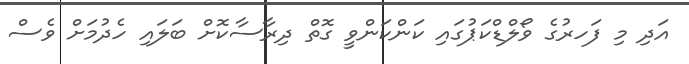
އަދި މި ފަހރުގެ ވޯލްޑްކަޕުގައި ކަންކަންވީ ގޮތް ދިރާސާކޮށް ބަލައި ހެދުމަށް ވެސް